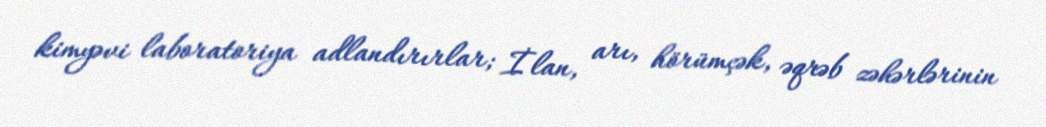
kimyəvi laboratoriya adlandırırlar; İlan, arı, hörümçək, əqrəb zəhərlərinin